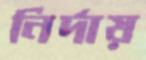
নির্দায়